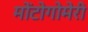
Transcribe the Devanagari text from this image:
मोंटोगोमेरी